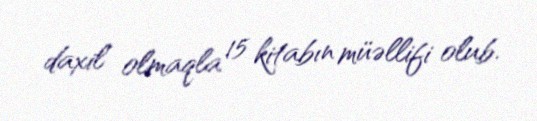
daxil olmaqla 15 kitabın müəllifi olub.